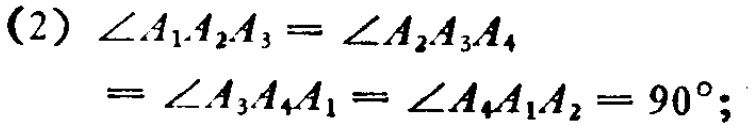
（2）$\angle A_{1}A_{2}A_{3}=\angle A_{2}A_{3}A_{4}$
$=\angle A_{3}A_{4}A_{1}=\angle A_{4}A_{1}A_{2}=90^{\circ};$